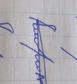
Signature authenticity: forged